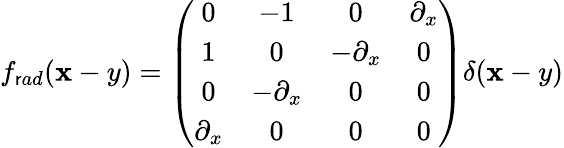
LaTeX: f_{\mathsf{r}ad}(\mathbf{x}-y)=\left(\begin{array}{cccc}{{0}}&{{{-1}}}&{{0}}&{{\partial_{x}}}\\ {{1}}&{{0}}&{{{-\partial_{x}}}}&{{0}}\\ {{0}}&{{{-\partial_{x}}}}&{{0}}&{{0}}\\ {{\partial_{x}}}&{{0}}&{{0}}&{{0}}\end{array}\right)\delta(\mathbf{x}-y)